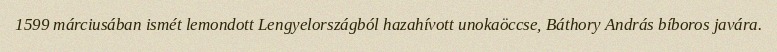
1599 márciusában ismét lemondott Lengyelországból hazahívott unokaöccse, Báthory András bíboros javára.